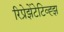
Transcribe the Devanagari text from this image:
रिप्रेझेंटेटिव्ह्झ